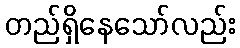
တည်ရှိနေသော်လည်း